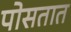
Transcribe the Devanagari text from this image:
पोसतात